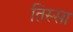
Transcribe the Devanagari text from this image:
तिस्सा